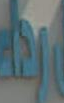
بطلة